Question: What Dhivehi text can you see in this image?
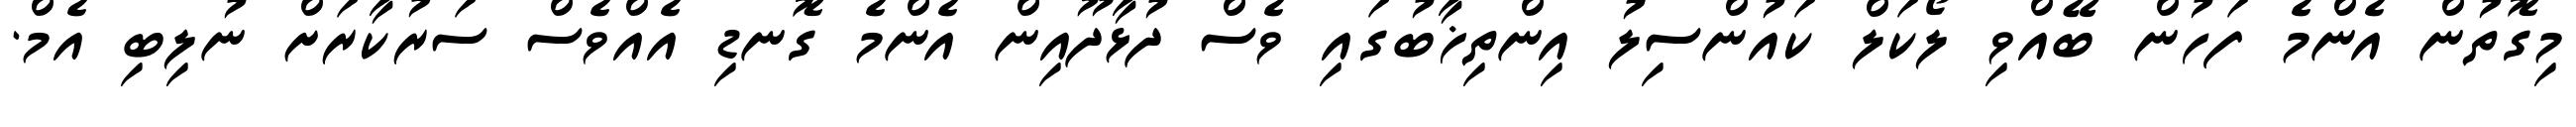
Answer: މިގޮތުން އެންމެ ފަހުން ބޭއްވި ލޯކަލް ކައުންސިލު އިންތިޚާބުގައި ވެސް ދުޅާދޫއިން އެންމެ ގޮނޑި އެއްވެސް ސަރުކާރަށް ނުލިބި އެމް.